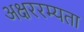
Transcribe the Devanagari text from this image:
अक्षररम्यता